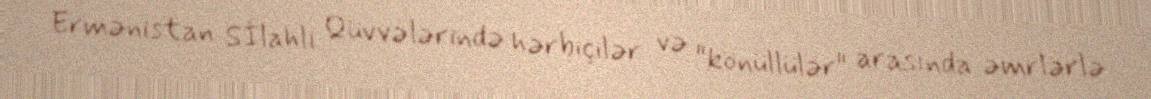
Ermənistan Sİlahlı Qüvvələrində hərbiçilər və "könüllülər" arasında əmrlərlə